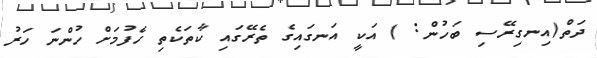
ދަތް(އިނގިރޭސި ބަހުން: ) އަކީ އަނގައިގެ ތެރޭގައި ކާތަކެތި ހެފުމަށް ހުންނަ ހަރު